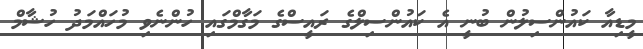
މީޑިއާ ކައުންސިލުން ބުނީ އެ ކައުންސިލްގެ ރައީސްގެ މަގާމްގައި ހުންނެވި މުހައްމަދު ހުޝާމް